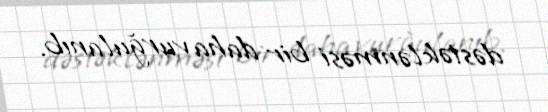
dəstəklənməsi bir daha vurğulanıb.